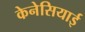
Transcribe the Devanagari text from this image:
केनेसियाई